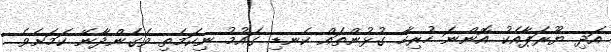
އަދި ޔޫރަޕާއެކު އޮންނަ ހުރިހާ ގުޅުންތައް ކެނޑި ގައުމު ނިކަމެތި ވެގެންދާނޭ ކަމަށެވެ.